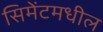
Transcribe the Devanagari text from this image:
सिमेंटमधील